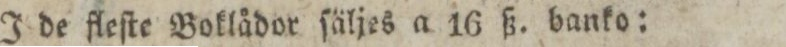
J de fleſte Boklådor ſäljes a 16 ß. banko: